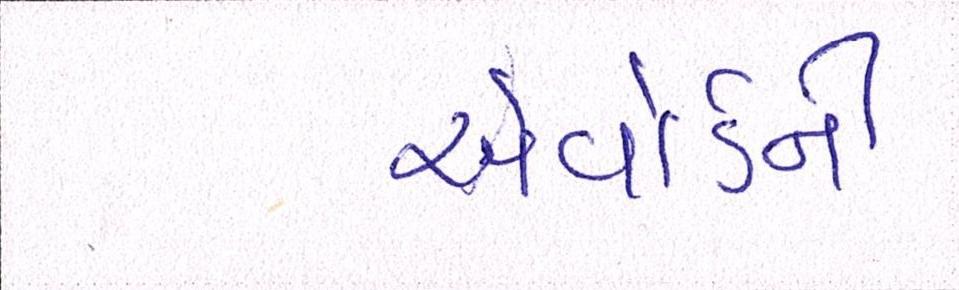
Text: એવોર્ડની